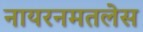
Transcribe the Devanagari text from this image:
नायरनमतलेस